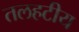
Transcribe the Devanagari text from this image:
तलहटीय